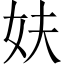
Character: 妋